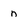
Character: n